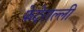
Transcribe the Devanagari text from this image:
फेदेराल्ली